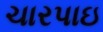
ચારપાઇ